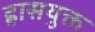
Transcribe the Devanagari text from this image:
ह्रासयुक्त